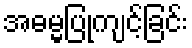
အဓမ္မပြုကျင့်ခြင်း